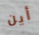
أين